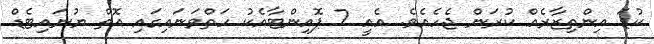
ކުޑަ އިންތިޒާރެއް ކުރަން ޖެހެއެވެ. އެއީ 7 ޕޮއިންޓާއެކު ހަތްވަނައިގައި އޮތް ޔުނައިޓެޑް